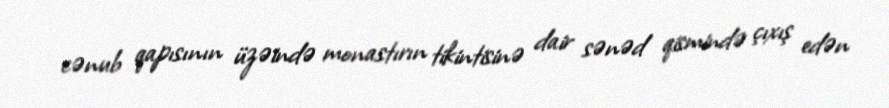
cənub qapısının üzəində monastırın tikintisinə dair sənəd qismində çıxış edən